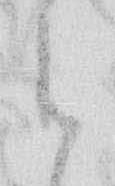
と